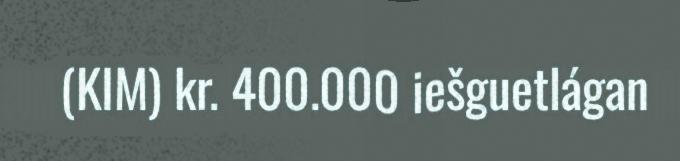
(KIM) kr. 400.000 iešguetlágan